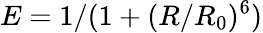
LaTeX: E=1/(1+(R/R_{0})^{6})